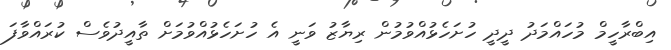
އިބްރާހީމް މުހައްމަދު ދީދީ ހުށަހެޅުއްވުމުން ރިޔާޒު ވަނީ އެ ހުށަހެޅުއްވުމަށް ތާއީދުވެސް ކުރައްވާފަ